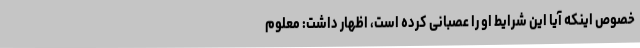
خصوص اینکه آیا این شرایط او را عصبانی کرده است، اظهار داشت: معلوم